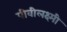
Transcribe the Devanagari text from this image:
पीवीलक्ष्मी